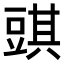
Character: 𧯯